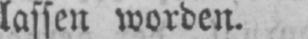
lassen worden.